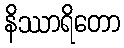
နိဿာရိတော